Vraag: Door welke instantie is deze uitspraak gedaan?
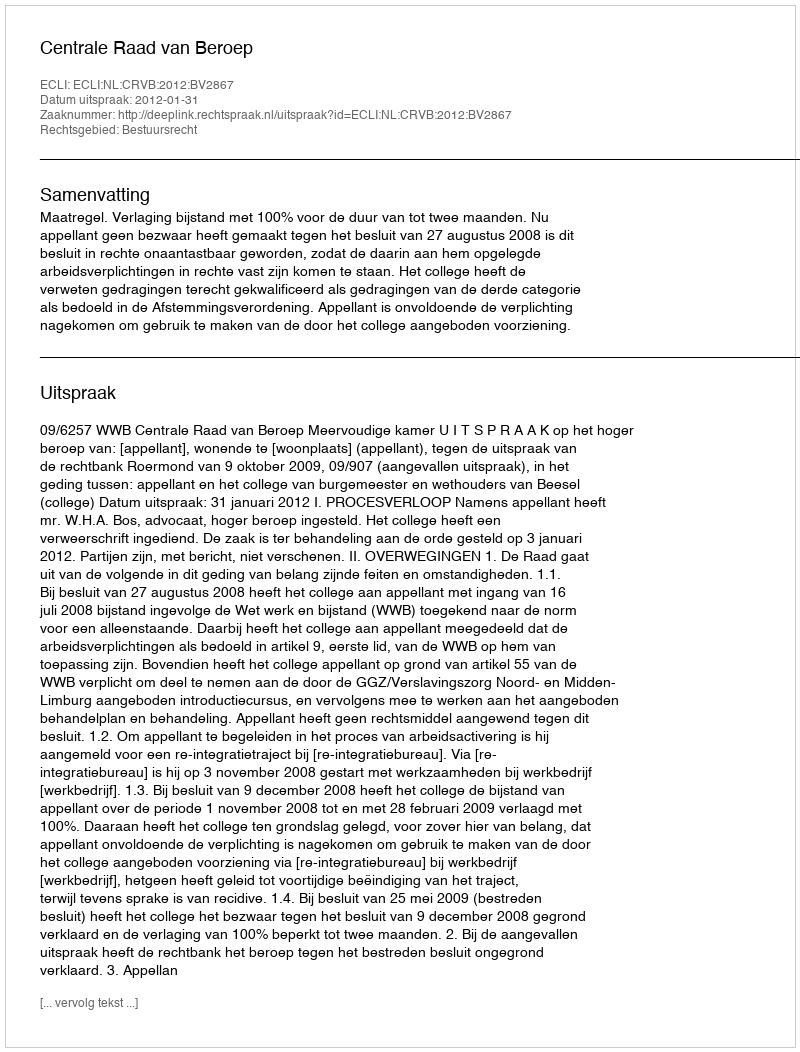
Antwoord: Centrale Raad van Beroep